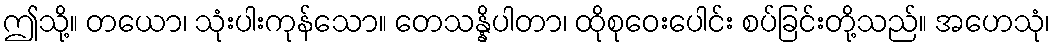
ဤသို့။ တယော၊ သုံးပါးကုန်သော။ တေသန္နိပါတာ၊ ထိုစုဝေးပေါင်း စပ်ခြင်းတို့သည်။ အဟေသုံ၊